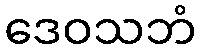
ဒေဝသဘံ